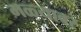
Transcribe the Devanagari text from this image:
मळ्यावर